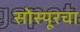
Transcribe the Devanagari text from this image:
सोस्यूरचा